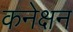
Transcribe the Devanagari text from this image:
कनेक्षन